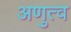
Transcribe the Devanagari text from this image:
अणुत्व